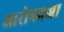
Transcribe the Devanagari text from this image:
आरोपवजा